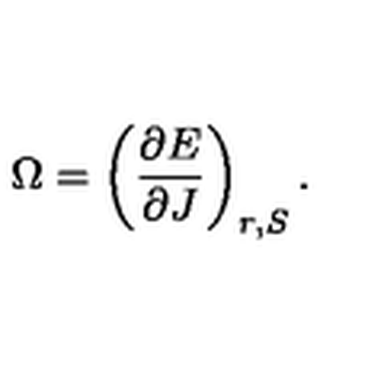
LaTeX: \Omega = \left( \frac { \partial E } { \partial J } \right) _ { r , S } .